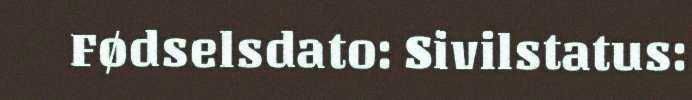
Fødselsdato: Sivilstatus: